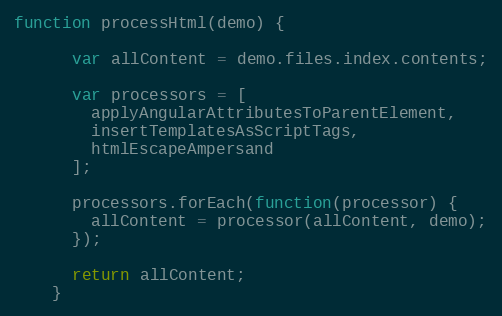
Language: JavaScript
function processHtml(demo) {

      var allContent = demo.files.index.contents;

      var processors = [
        applyAngularAttributesToParentElement,
        insertTemplatesAsScriptTags,
        htmlEscapeAmpersand
      ];

      processors.forEach(function(processor) {
        allContent = processor(allContent, demo);
      });

      return allContent;
    }